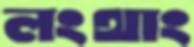
লংথাং